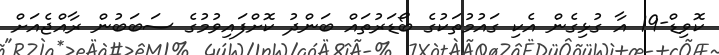
ކޮވިޑް-19 އާ ގުޅިގެން އެކި ގައުމުތަކުގެ ބޯޑަރުތައް ބަންދު ކޮށްފައިވުމުގެ ސަބަބުން ރާއްޖެއަށް